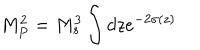
LaTeX: M _ { P } ^ { 2 } = M _ { s } ^ { 3 } \int d z e ^ { - 2 \sigma ( z ) }